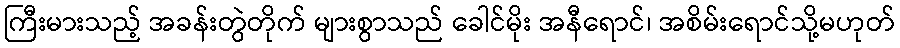
ကြီးမားသည့် အခန်းတွဲတိုက် များစွာသည် ခေါင်မိုး အနီရောင်၊ အစိမ်းရောင်သို့မဟုတ်